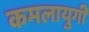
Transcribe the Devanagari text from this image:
कमलायुगी